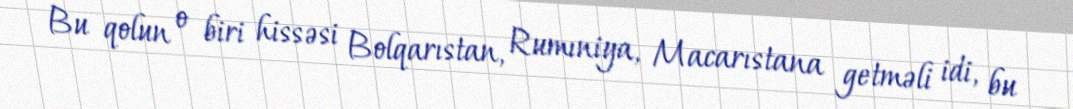
Bu qolun o biri hissəsi Bolqarıstan, Rumıniya, Macarıstana getməli idi, bu